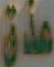
عنق